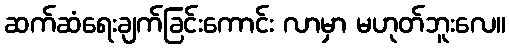
ဆက်ဆံရေးချက်ခြင်းကောင်း လာမှာ မဟုတ်ဘူးလေ။